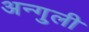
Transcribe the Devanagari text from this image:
अन्गुली